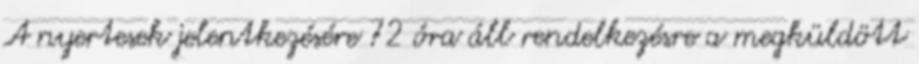
A nyertesek jelentkezésére 72 óra áll rendelkezésre a megküldött